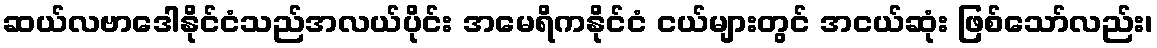
ဆယ်လဗာဒေါနိုင်ငံသည်အလယ်ပိုင်း အမေရိကနိုင်ငံ ငယ်များတွင် အငယ်ဆုံး ဖြစ်သော်လည်း၊